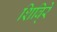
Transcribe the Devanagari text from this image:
शिबि्रे